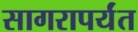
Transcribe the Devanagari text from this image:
सागरापर्यंत